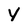
Character: Y